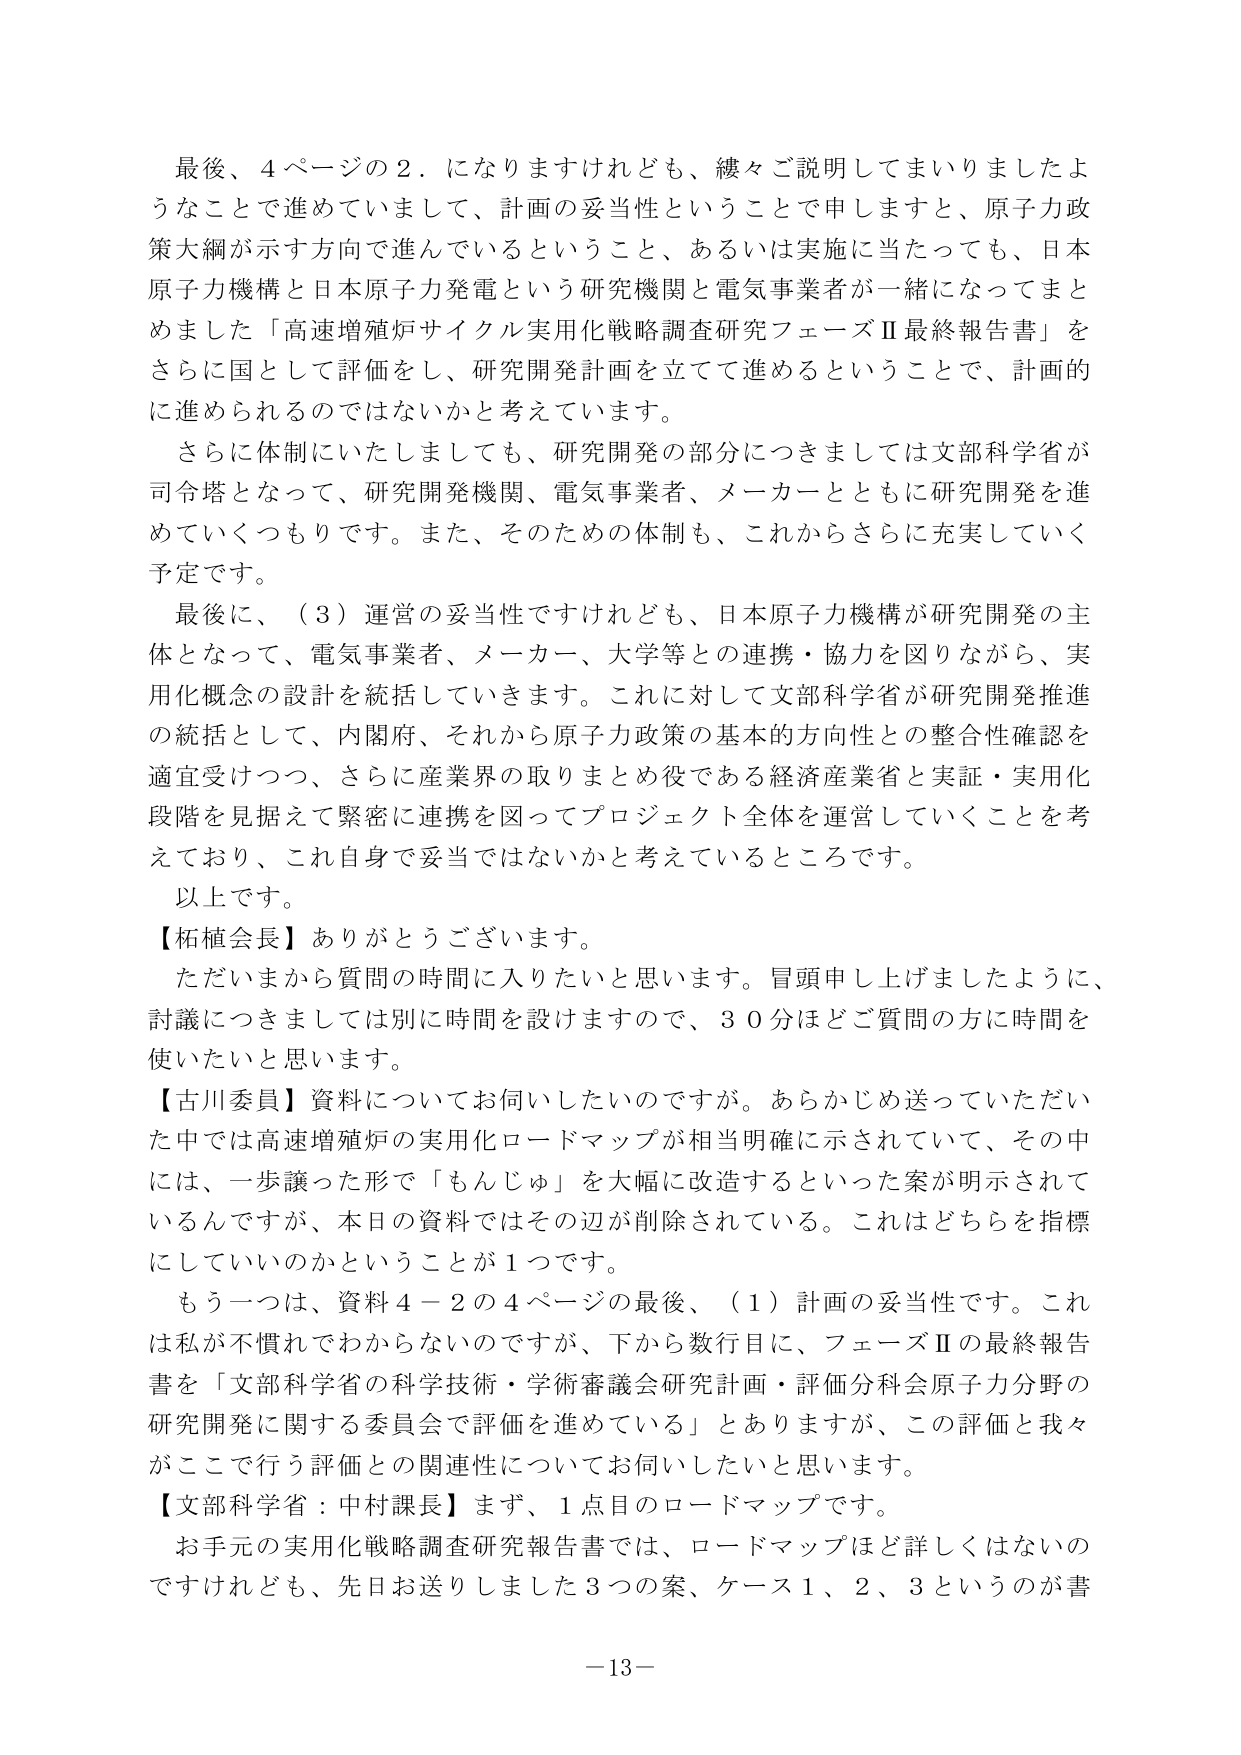
最後、４ページの２．になりますけれども、繰々ご説明してまいりましたようなことで進めていまして、計画の妥当性ということで申しますと、原子力政策大綱が示す方向で進んでいるということ、あるいは実施に当たっても、日本原子力機構と日本原子力発電という研究機関と電気事業者が一緒になってまとめました「高速増殖炉サイクル実用化戦略調査研究フェーズⅡ最終報告書」をさらに国として評価をし、研究開発計画を立てて進めるということで、計画的に進められるのではないかと考えています。

さらに体制にいたしましても、研究開発の部分につきましては文部科学省が司令塔となって、研究開発機関、電気事業者、メーカーとともに研究開発を進めていくつもりです。また、そのための体制も、これからさらに充実していく予定です。

最後に、（３）運営の妥当性ですけれども、日本原子力機構が研究開発の主体となって、電気事業者、メーカー、大学等との連携・協力を図りながら、実用化概念の設計を統括していきます。これに対して文部科学省が研究開発推進の統括として、内閣府、それから原子力政策の基本的方向性との整合性確認を適宜受けつつ、さらに産業界の取りまとめ役である経済産業省と実証・実用化段階を見据えて緊密に連携を図ってプロジェクト全体を運営していくことを考えており、これ自身で妥当ではないかと考えているところです。

以上です。

【柘植会長】ありがとうございます。

ただいまから質問の時間に入りたいと思います。冒頭申し上げましたように、討論につきましては別に時間を設けますので、３０分ほどご質問の方に時間を使いたいと思います。

【古川委員】資料についてお伺いしたいのですが。あらかじめ送っていただいた中では高速増殖炉の実用化ロードマップが相当明確に示されていて、その中には、一歩譲った形で「もんじゅ」を大幅に改造するといった案が明示されているんですが、本日の資料ではその辺が削除されている。これはどちらを指標にしていいのかということが１つです。

もう一つは、資料４－２の４ページの最後、（１）計画の妥当性です。これは私が慣れてわからないのですが、下から数行目に、フェーズⅡの最終報告書を「文部科学省の科学技術・学術審議会研究計画・評価分科会原子力分野の研究開発に関する委員会で評価を進めている」とありますが、この評価と我々がここで行う評価との関連性についてお伺いしたいと思います。

【文部科学省：中村課長】まず、１点目のロードマップです。

お手元の実用化戦略調査研究報告書では、ロードマップほど詳しくはないのですけれども、先日お送りしました３つの案、ケース１、２、３というのが書

－13－